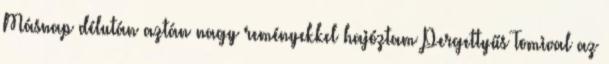
Másnap délután aztán nagy reményekkel hajóztam Pergettyűs Tomival az